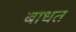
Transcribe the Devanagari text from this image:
बाधत